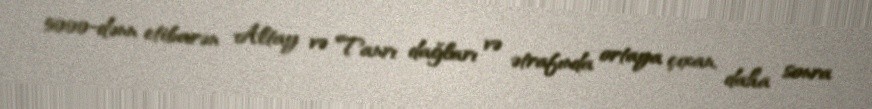
5000-dənn etibarən Altay və Tanrı dağları və ətrafında ortaya çıxan, daha sonra